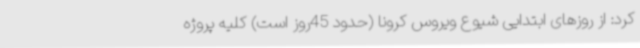
کرد: از روزهای ابتدایی شیوع ویروس کرونا (حدود 45روز است) کلیه پروژه